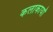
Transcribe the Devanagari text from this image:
कलाकार्यों